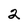
Character: 2